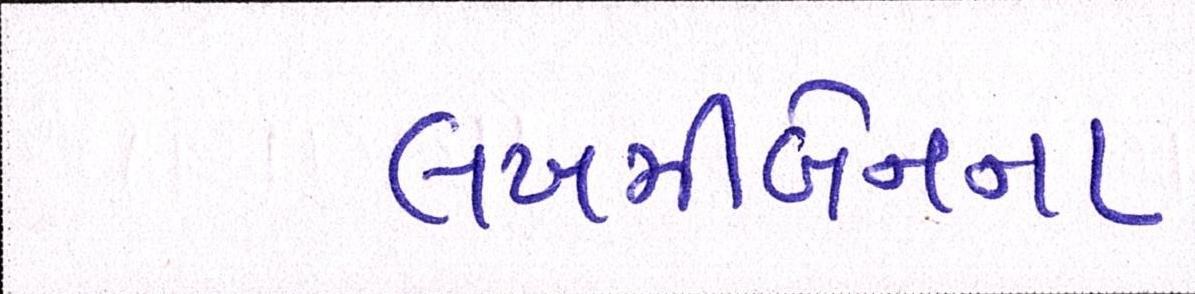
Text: લખમીબેનના